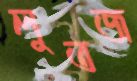
লুতজ